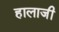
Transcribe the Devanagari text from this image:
हालाजी